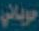
حوياني